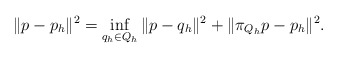
\begin{align*} \| p - p_h \|^2 = \inf_{q_h \in Q_h} \| p - q_h \|^2 + \| \pi_{Q_h} p - p_h \|^2. \end{align*}